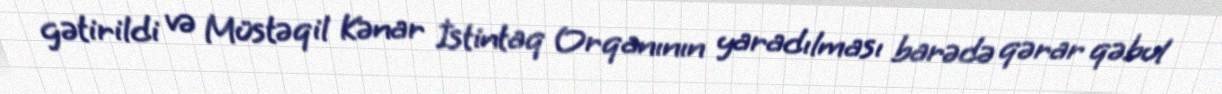
gətirildi və Müstəqil Kənar İstintaq Orqanının yaradılması barədə qərar qəbul